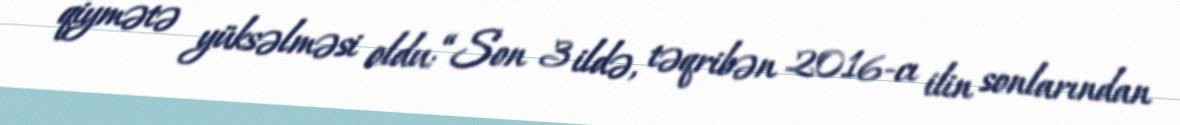
qiymətə yüksəlməsi oldu: “Son 3 ildə, təqribən 2016-cı ilin sonlarından